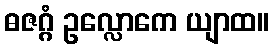
ဓဇဂ္ဂံ ဥလ္လောကေ ယျာထ။